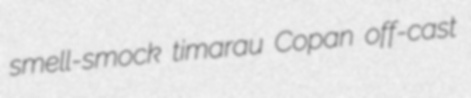
smell-smock timarau Copan off-cast